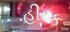
હીરક